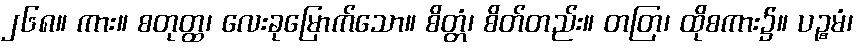
၂၆၈။ ကား။ စတုတ္ထ၊ လေးခုမြောက်သော။ စိတ္တံ၊ စိတ်တည်း။ တတြ၊ ထိုစကား၌။ ပဉ္စမံ၊